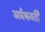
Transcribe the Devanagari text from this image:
अर्द्यकवर्ती